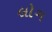
લોગ